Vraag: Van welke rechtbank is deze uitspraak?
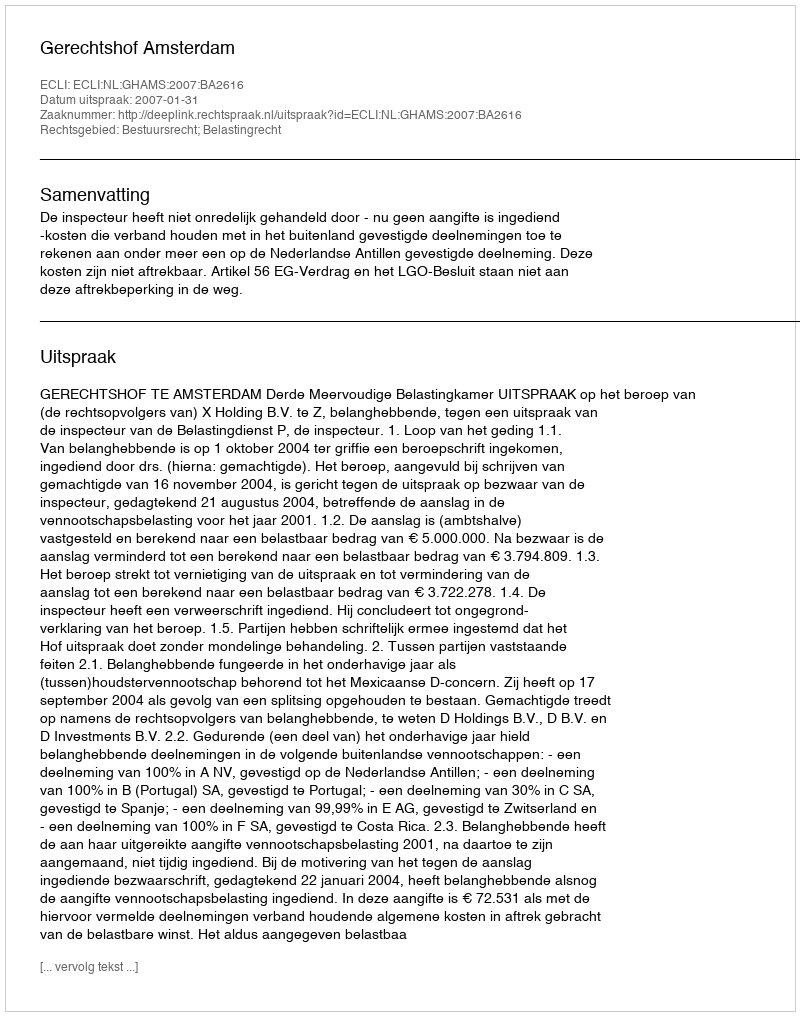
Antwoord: Gerechtshof Amsterdam